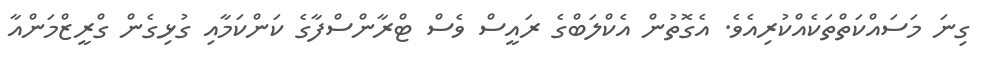
ގިނަ މަސައްކަތްތަކެއްކުރިއެވެ. އެގޮތުން އެކްލަބްގެ ރައީސް ވެސް ޓްރާންސްފާގެ ކަންކަމާއި ގުޅިގެން ގްރީޒްމަންއާ